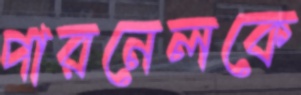
পারনেলকে